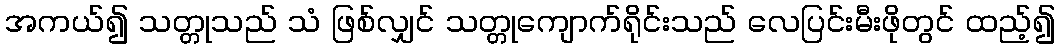
အကယ်၍ သတ္တုသည် သံ ဖြစ်လျှင် သတ္တုကျောက်ရိုင်းသည် လေပြင်းမီးဖိုတွင် ထည့်၍